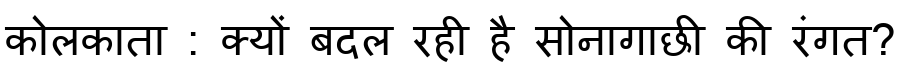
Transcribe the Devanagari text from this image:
कोलकाता : क्यों बदल रही है सोनागाछी की रंगत?